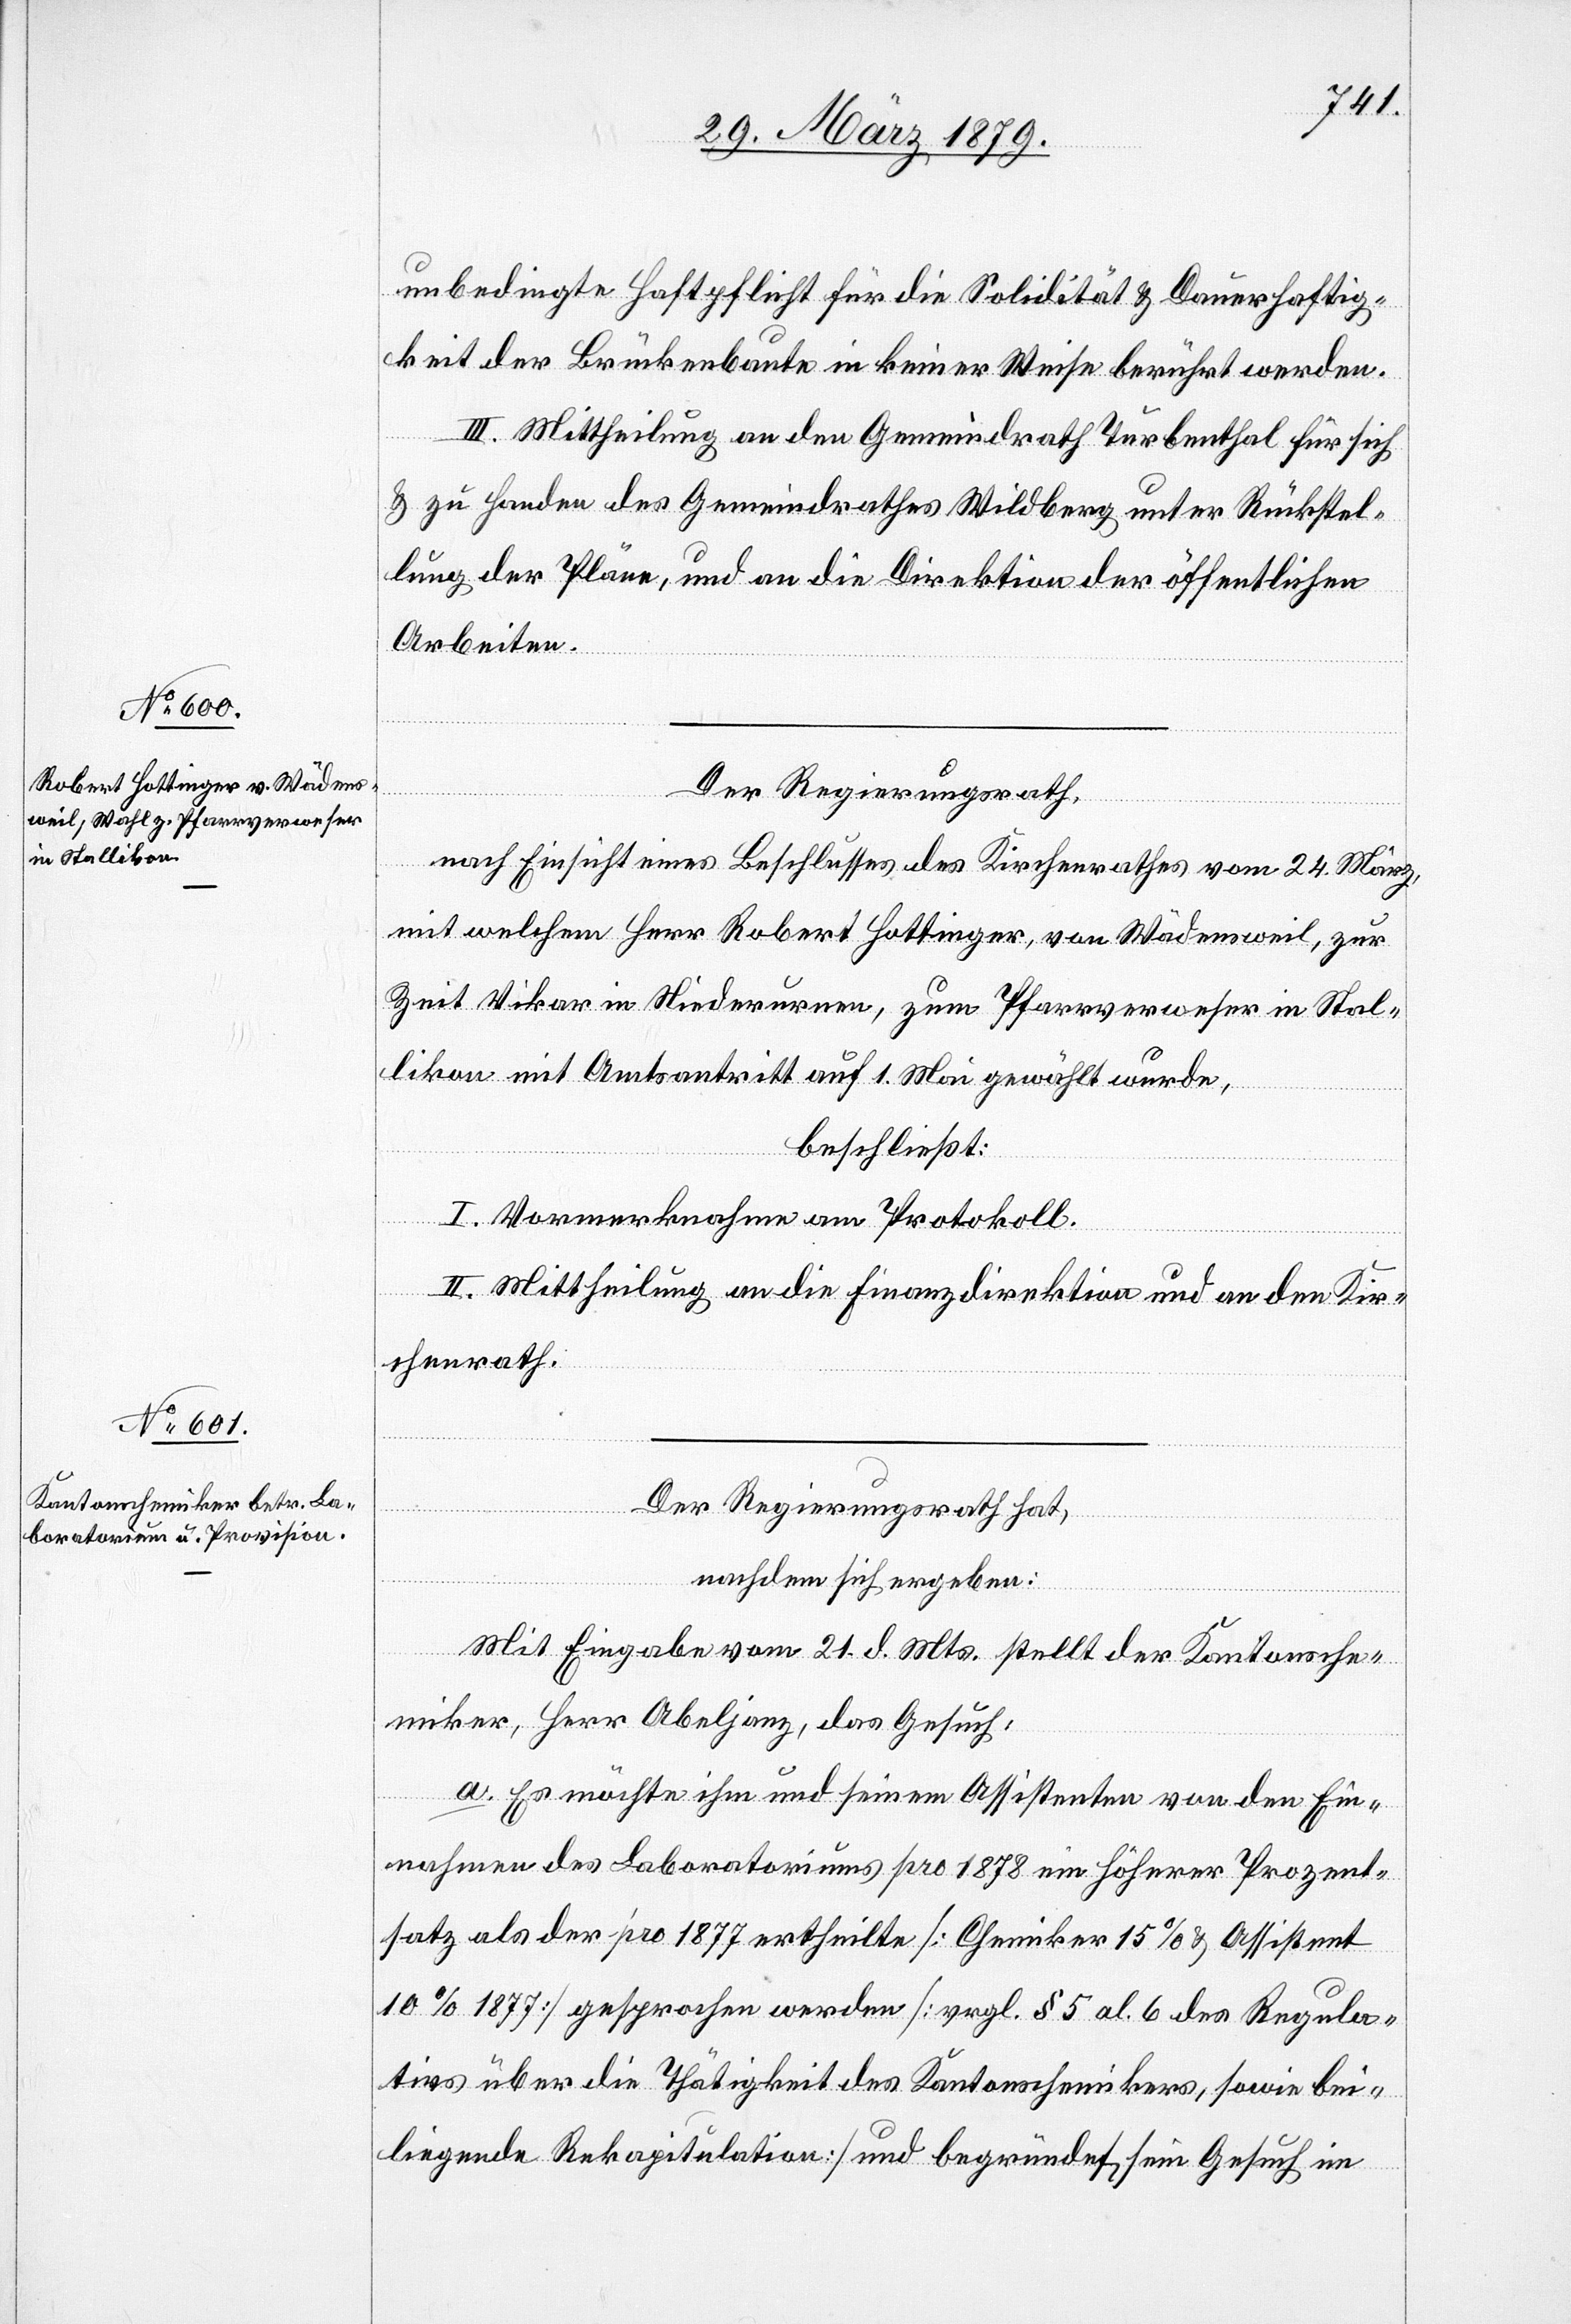
24.
unbedingte Haftpflicht für die Solidität & Dauerhaftig¬
keit der Brückenbaute in keiner Weise berührt werden.
III. Mittheilung an den Gemeindrath Turbenthal für sich
& zu Handen des Gemeindrathes Wildberg unter Rückstel¬
lung der Pläne, und an die Direktion der öffentlichen
Arbeiten.
Der Regierungsrath,
März,
mit welchem Herr Robert Hottinger, von Wädensweil, zur
Zeit Vikar in Niederurnen, zum Pfarrverweser in Stal¬
likon mit Amtsantritt auf 1. Mai gewählt wurde,
beschließt:
I. Vormerknahme am Protokoll.
Antrages
II. Mittheilung an die Finanzdirektion und an den Kir¬
chenrath.